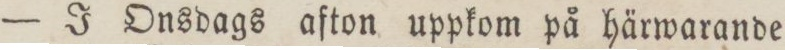
— J Onsdags afton uppkom på härwarande